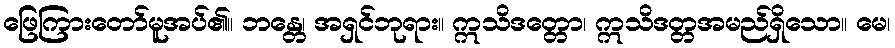
ဖြေကြားတော်မူအပ်၏။ ဘန္တေ၊ အရှင်ဘုရား။ ဣသိဒတ္တော၊ ဣသိဒတ္တအမည်ရှိသော။ မေ၊